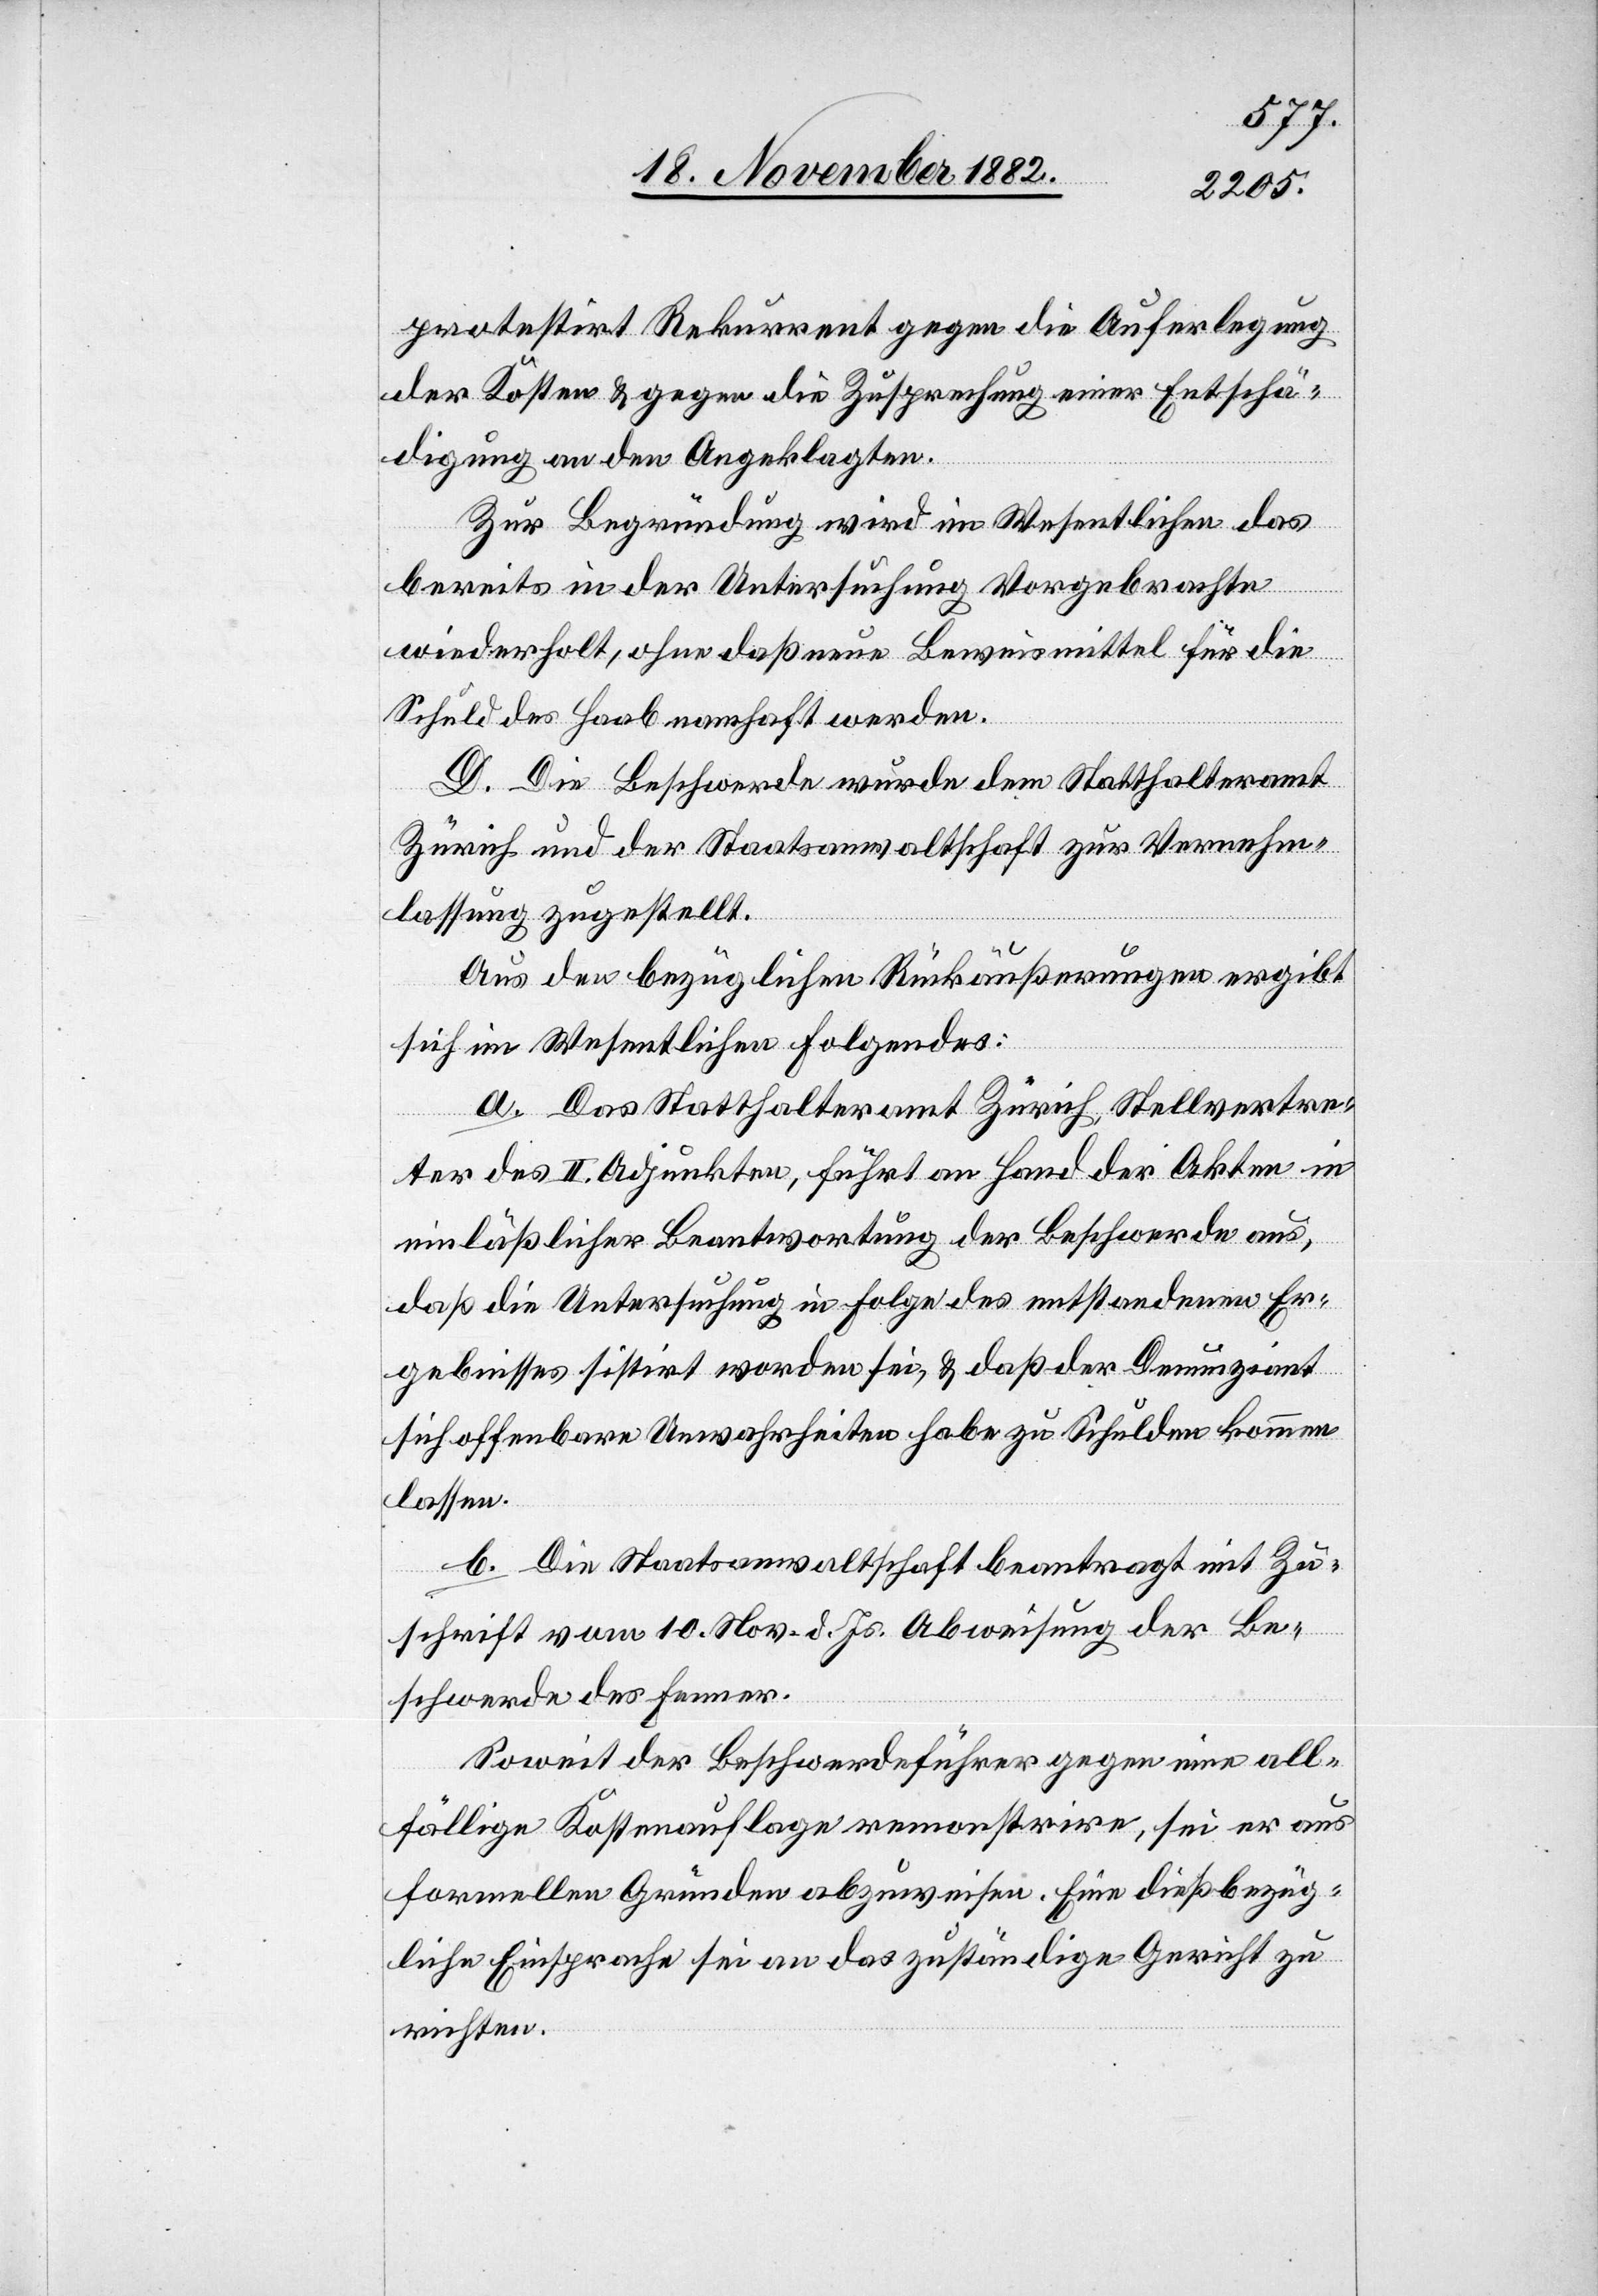
protestirt Rekurrent gegen die Auferlegung
der Kosten & gegen die Zusprechung einer Entschä¬
digung an den Angeklagten.
Zur Begründung wird im Wesentlichen das
bereits in der Untersuchung Vorgebrachte
wiederholt, ohne daß neue Beweismittel für die
Schuld des Haab namhaft werden.
D. Die Beschwerde wurde dem Statthalteramt
Zürich und der Staatsanwaltschaft zur Vernehm¬
lassung zugestellt.
Aus den bezüglichen Rückäußerungen ergibt
sich im Wesentlichen Folgendes:
a. Das Statthalteramt Zürich, Stellvertre¬
ter des II. Adjunkten, führt an Hand der Akten in
einläßlicher Beantwortung der Beschwerde aus,
daß die Untersuchung in Folge des entstandenen Er¬
gebnisses sistirt worden sei, & daß der Denunziant
sich offenbare Unwahrheiten habe zu Schulden kommen
lassen.
b. Die Staatsanwaltschaft beantragt mit Zu¬
schrift vom 10. Nov. d. Js. Abweisung der Be¬
schwerde des Fenner.
Soweit der Beschwerdeführer gegen eine all¬
fällige Kostenauflage remonstrire, sei er aus
formellen Gründen abzuweisen. Eine dießbezüg¬
liche Einsprache sei an das zuständige Gericht zu
richten.